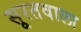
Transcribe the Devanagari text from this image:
सूरतवाला